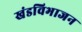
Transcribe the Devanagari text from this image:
खंडविभाजन